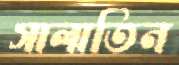
সালাতিন